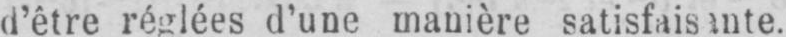
d’être réglées d’une manière satisfaisante.